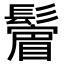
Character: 𩯔